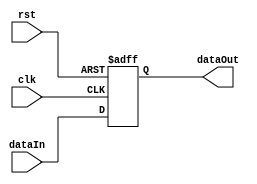
`timescale 1ns/1ns

module MDR(clk, rst, dataIn, dataOut);
  input clk, rst;
  input[15:0] dataIn;
  output reg[15:0] dataOut;
  
  always@(posedge clk, posedge rst) begin
    if(rst)
      dataOut <= 16'b0000000000000000;
    else
      dataOut <= dataIn;
  end
endmodule